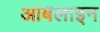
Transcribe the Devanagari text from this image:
आबलाइन